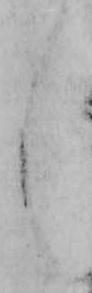
し